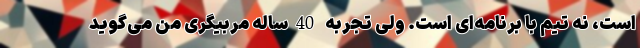
است، نه تیم با برنامه‌ای است. ولی تجربه 40ساله مربیگری من می‌گوید